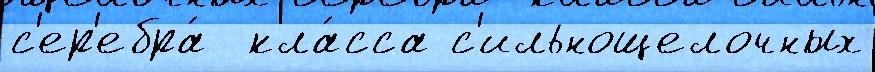
с'ер'ебра́  кла́сса с'ильнощелочных